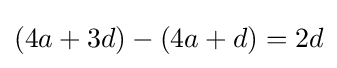
(4a+3d)-(4a+d)=2d